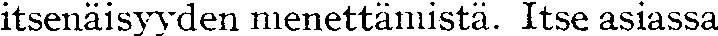
itsenäisyyden menettämistä. Itse asiassa